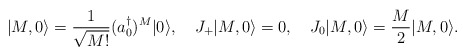
\begin{align*}|M,0\rangle={1\over\sqrt{M!}}(a_0^\dagger)^M|0\rangle,\quad J_+|M,0\rangle=0,\quad J_0|M,0\rangle={M\over2}|M,0\rangle. \end{align*}